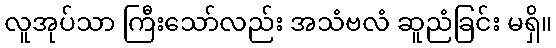
လူအုပ်သာ ကြီးသော်လည်း အသံဗလံ ဆူညံခြင်း မရှိ။